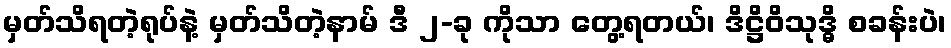
မှတ်သိရတဲ့ရုပ်နဲ့ မှတ်သိတဲ့နာမ် ဒီ ၂-ခု ကိုသာ တွေ့ရတယ်၊ ဒိဋ္ဌိဝိသုဒ္ဓိ စခန်းပဲ၊